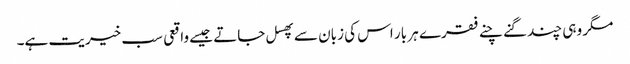
مگر وہی چند گنے چنے فقرے ہر بار اس کی زبان سے پھسل جاتے جیسے واقعی سب خیریت ہے۔